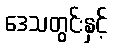
ဒေသတွင်းနှင့်